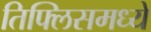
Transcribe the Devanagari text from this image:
तिफ्लिसमध्ये